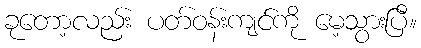
ခုတော့လည်း ပတ်ဝန်းကျင်ကို မေ့သွားပြီ။